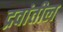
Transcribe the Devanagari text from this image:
द्रवांतील